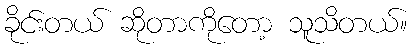
ခိုင်းတယ် ဆိုတာကိုတော့ သူသိတယ်။